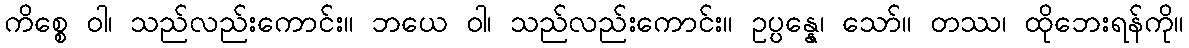
ကိစ္စေ ဝါ၊ သည်လည်းကောင်း။ ဘယေ ဝါ၊ သည်လည်းကောင်း။ ဥပ္ပန္နေ၊ သော်။ တဿ၊ ထိုဘေးရန်ကို။